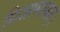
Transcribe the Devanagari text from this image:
निजामाबाद।